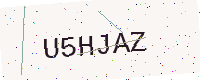
Text: U5HJAZ